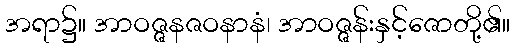
အရာ၌။ အာဝဇ္ဇနဇဝနာနံ၊ အာဝဇ္ဇန်းနှင့်ဇောတို့၏။